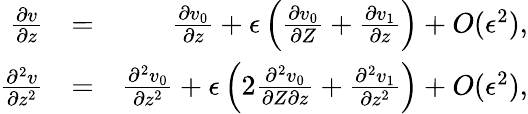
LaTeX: \begin{array}{rlr}{\frac{\partial v}{\partial z}}&{=}&{\frac{\partial v_{0}}{\partial z}+\epsilon\left(\frac{\partial v_{0}}{\partial Z}+\frac{\partial v_{1}}{\partial z}\right)+O(\epsilon^{2}),}\\ {\frac{\partial^{2}v}{\partial z^{2}}}&{=}&{\frac{\partial^{2}v_{0}}{\partial z^{2}}+\epsilon\left(2\frac{\partial^{2}v_{0}}{\partial Z\partial z}+\frac{\partial^{2}v_{1}}{\partial z^{2}}\right)+O(\epsilon^{2}),}\end{array}